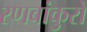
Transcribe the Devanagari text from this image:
रणबांकुरों